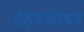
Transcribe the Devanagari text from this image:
हँड्सकोंबने